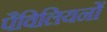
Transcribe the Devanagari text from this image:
पैविलियनों